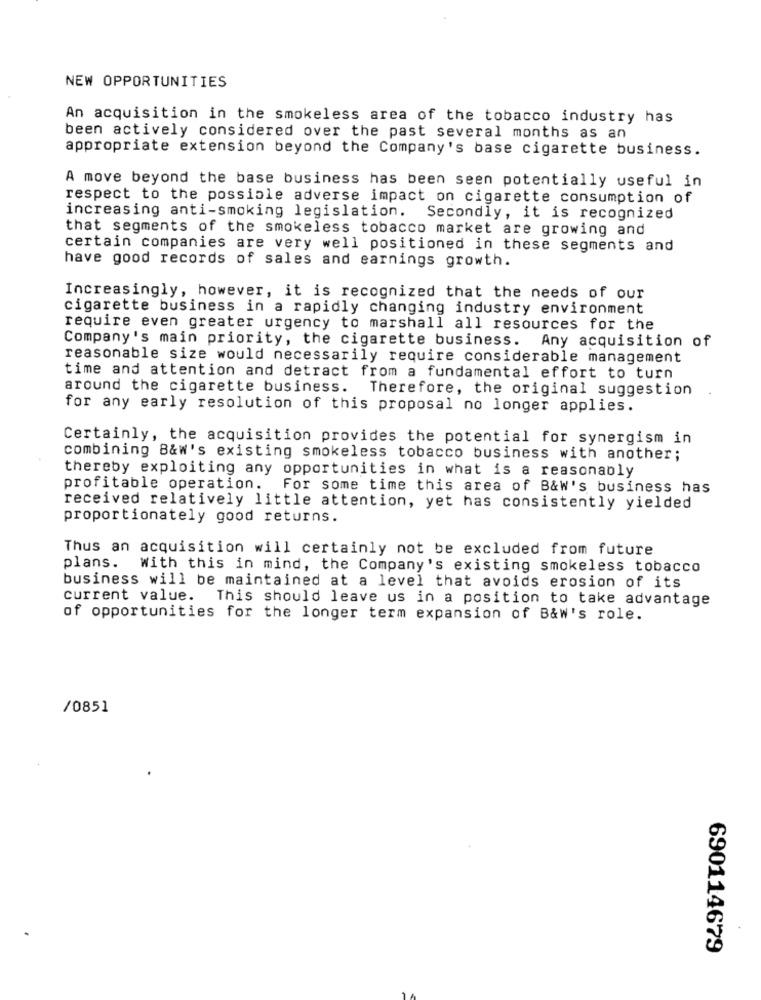
NEW OPPORTUNITIES
An acquisition in the smokeless area of the tobacco industry has
been actively considered over the past several months as an
appropriate extension beyond the Company's base cigarette business.
A move beyond the base business has been seen potentially useful in
respect to the possible adverse impact on cigarette consumption of
increasing anti-smoking legislation. Secondly, it is recognized
that segments of the smokeless tobacco market are growing and
certain companies are very well positioned in these segments and
have good records of sales and earnings growth.
Increasingly, however, it is recognized that the needs of our
cigarette business in a rapidly changing industry environment
require even greater urgency to marshall all resources for the
Company's main priority, the cigarette business. Any acquisition of
reasonable size would necessarily require considerable management
time and attention and detract from a fundamental effort to turn
around the cigarette business. Therefore, the original suggestion
for any early resolution of this proposal no longer applies.
Certainly, the acquisition provides the potential for synergism in
combining B&W's existing smokeless tobacco business with another;
thereby exploiting any opportunities in what is a reasonably
profitable operation. For some time this area of B&W's business has
received relatively little attention, yet has consistently yielded
proportionately good returns.
Thus an acquisition will certainly not be excluded from future
plans. With this in mind, the Company's existing smokeless tobacco
business will be maintained at a level that avoids erosion of its
current value.
This should leave us in a position to take advantage
of opportunities for the longer term expansion of B&w's role.
/0851
.
690114679